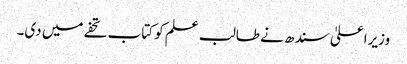
وزیراعلیٰ سندھ نے طالب علم کو کتاب تحفے میں دی۔